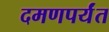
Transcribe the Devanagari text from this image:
दमणपर्यंत